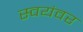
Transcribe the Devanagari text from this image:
स्‍वयंवर